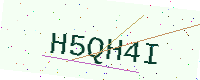
Text: H5QH4I